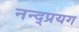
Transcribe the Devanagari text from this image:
नन्द्प्रयग